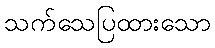
သက်သေပြထားသော